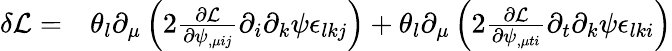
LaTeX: \begin{array}{rl}{\delta\mathcal{L}=}&{{}\theta_{l}\partial_{\mu}\left(2\frac{\partial\mathcal L}{\partial\psi_{,\mu ij}}\partial_{i}\partial_{k}\psi\epsilon_{lkj}\right)+\theta_{l}\partial_{\mu}\left(2\frac{\partial\mathcal L}{\partial\psi_{,\mu ti}}\partial_{t}\partial_{k}\psi\epsilon_{lki}\right)}\end{array}